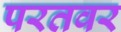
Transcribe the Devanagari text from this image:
परतवर